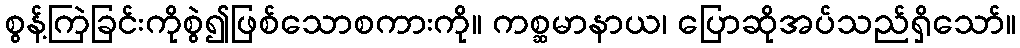
စွန့်ကြဲခြင်းကိုစွဲ၍ဖြစ်သောစကားကို။ ကစ္ဆမာနာယ၊ ပြောဆိုအပ်သည်ရှိသော်။